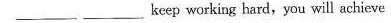
___ ___keep working hard,you will achieve